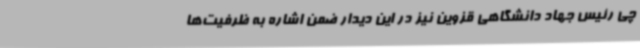
چی رئیس جهاد دانشگاهی قزوین نیز در این دیدار ضمن اشاره به ظرفیت‌ها